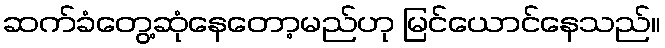
ဆက်ခံတွေ့ဆုံနေတော့မည်ဟု မြင်ယောင်နေသည်။